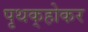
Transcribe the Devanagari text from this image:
पृथक्‌होकर